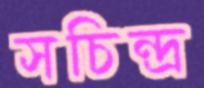
সচিন্দ্র